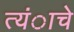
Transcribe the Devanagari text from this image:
त्यंाचे